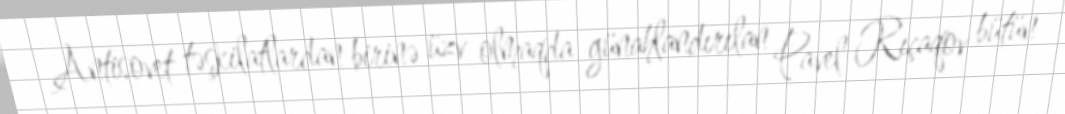
Antisovet təşkilatlardan birinə üzv olmaqda günahlandırılan Pavel Rıçaqov bütün